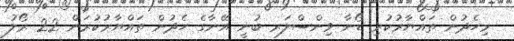
މިހެދުން ތައްޔާރުކުރި ޑޯނާ ވިންސްލަރ ބުނީ އޭނާގެ ހެދުން ތައްޔާރުކުރަން 22 ރޯލު